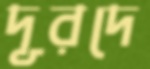
দূরদে